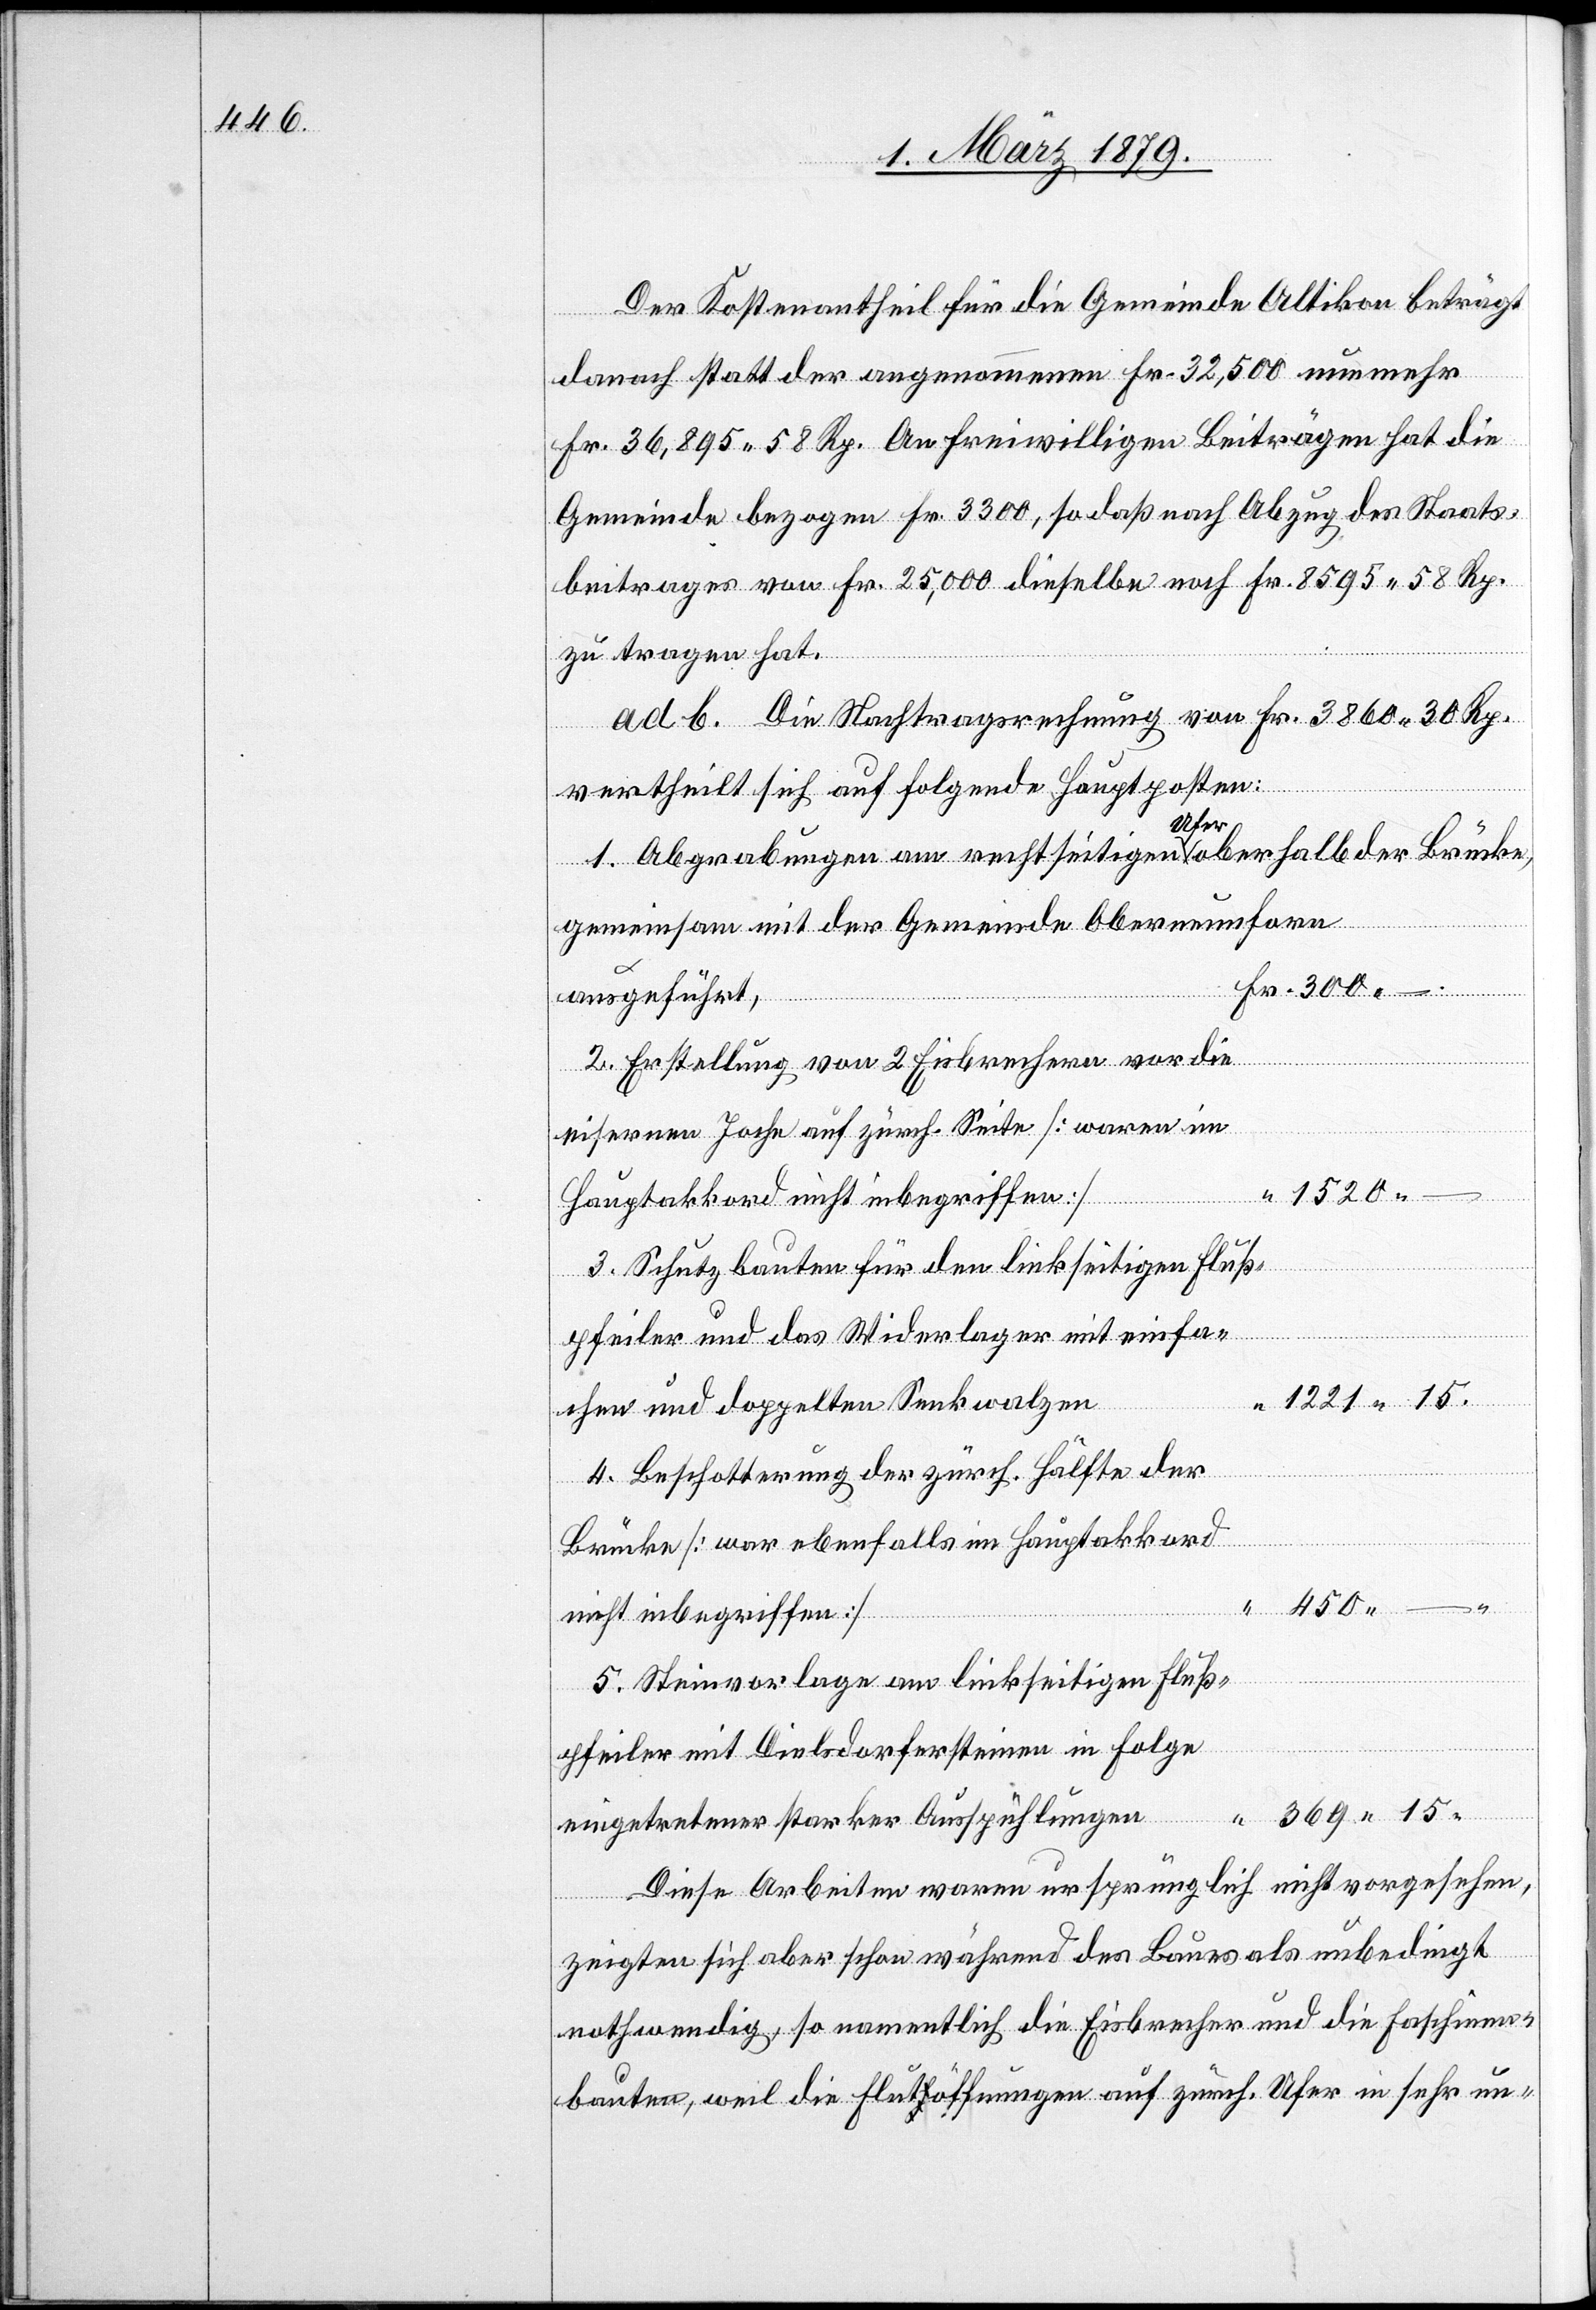
Der Kostenantheil für die Gemeinde Altikon beträgt
danach statt der angenommenen Fr. 32,500 nunmehr
Fr. 36,895 58 Rp. An freiwilligen Beiträgen hat die
Gemeinde bezogen Fr. 3300, so daß nach Abzug des Staats¬
beitrages von Fr. 25,000 dieselbe noch Fr. 8595 58 Rp.
zu tragen hat.
ad b. Die Nachtragsrechnung von Fr. 3860 30 Rp.
vertheilt sich auf folgende Hauptposten:
1. Abgrabungen am rechtseitigen Ufer oberhalb der Brücke,
gemeinsam mit der Gemeinde Oberneunforn
ausgeführt,
2. Erstellung von 2 Eisbrechern vor die
eisernen Joche auf zürch. Seite [waren im
1520.–
Hauptakkord nicht inbegriffen]
3. Schutzbauten für den linkseitigen Fluß¬
pfeiler und das Widerlager mit einfa¬
1221.15
chen und doppelten Senkwalzen
4. Beschotterung der zürch. Hälfte der
Brücke [war ebenfalls im Hauptakkord
nicht inbegriffen]
5. Steinvorlage am linkseitigen Fluß¬
pfeiler mit Dielsdorfersteinen in Folge
eingetretener starker Ausspühlungen
Diese Arbeiten waren ursprünglich nicht vorgesehen,
zeigten sich aber schon während des Baues als unbedingt
nothwendig, so namentlich die Eisbrecher und die Faschinen¬
bauten, weil die Fluta-h-aöffnungen auf zürch. Ufer in sehr un-